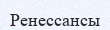
Ренессансы